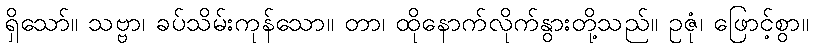
ရှိသော်။ သဗ္ဗာ၊ ခပ်သိမ်းကုန်သော။ တာ၊ ထိုနောက်လိုက်နွားတို့သည်။ ဥဇုံ၊ ဖြောင့်စွာ။